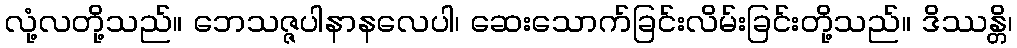
လုံ့လတို့သည်။ ဘေသဇ္ဇပါနာနလေပါ၊ ဆေးသောက်ခြင်းလိမ်းခြင်းတို့သည်။ ဒိဿန္တိ၊